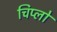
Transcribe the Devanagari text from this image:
चिप्लो